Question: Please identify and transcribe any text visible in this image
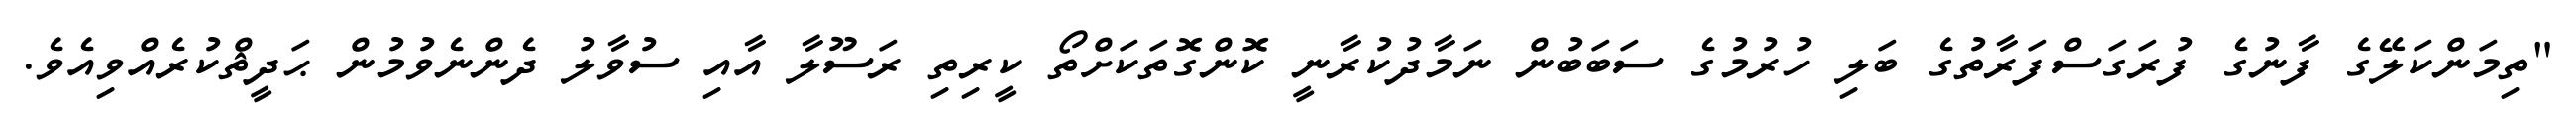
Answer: "ތިމަންކަލޭގެ ފާނުގެ ފުރަގަސްފަރާތުގެ ބަލި ހުރުމުގެ ސަބަބުން ނަމާދުކުރާނީ ކޮންގޮތަކަށްތޯ ކީރިތި ރަސޫލާ އާއި ސުވާލު ދެންނެވުމުން ޙަދީޘްކުރެއްވިއެވެ.